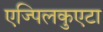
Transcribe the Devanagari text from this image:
एज्पिलकुएटा